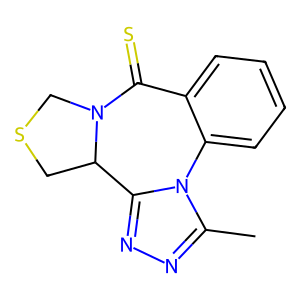
SMILES: Cc1nnc2n1-c1ccccc1C(=S)N1CSCC21
Inhibits HIV replication: No